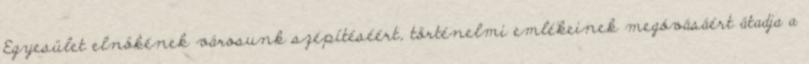
Egyesület elnökének városunk szépítéséért, történelmi emlékeinek megóvásáért átadja a